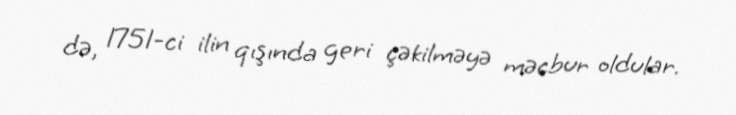
də, 1751-ci ilin qışında geri çəkilməyə məcbur oldular.